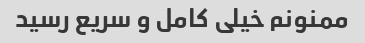
ممنونم خیلی کامل و سریع رسید